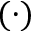
( \cdot )